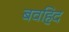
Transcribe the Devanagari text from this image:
बवहिद